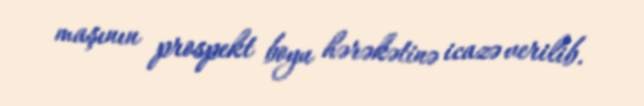
maşının prospekt boyu hərəkətinə icazə verilib.